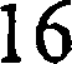
16